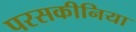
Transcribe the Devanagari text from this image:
परसकीनिया